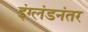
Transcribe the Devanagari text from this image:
इंग्लंडनंतर